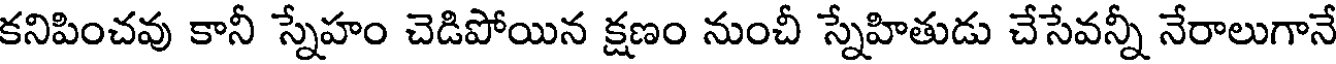
కనిపించవు కానీ స్నేహం చెడిపోయిన క్షణం నుంచీ స్నేహితుడు చేసేవన్నీ నేరాలుగానే